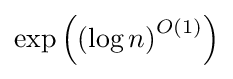
\exp \left(\left(\log n\right)^{O\left(1\right)}\right)